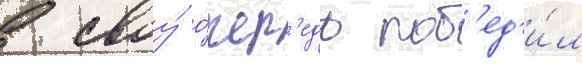
в своу́ о́чер'едь поб'ед'и́л